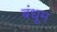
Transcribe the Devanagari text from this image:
बंधूम